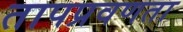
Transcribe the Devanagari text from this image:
तापप्रवणता